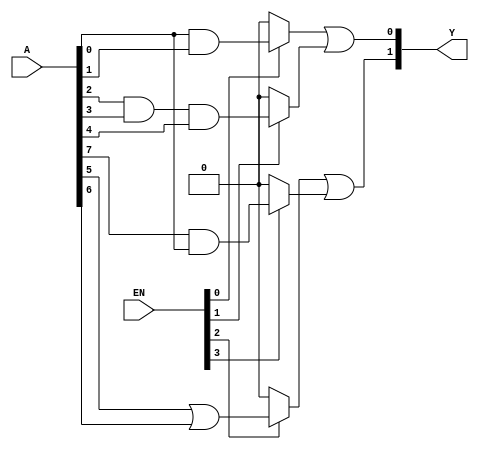
module jewel_pal (
    input wire [N-1:0] A,     // N inputs (e.g., A[N-1:0] for N inputs)
    input wire [M-1:0] EN,    // Enable lines for programming (optional)
    output wire [P-1:0] Y      // P outputs
);

// Parameters for configurability
parameter N = 8; // Number of input lines (e.g., A0, A1, ..., A7)
parameter M = 4; // Number of AND gates
parameter P = 2; // Number of outputs

// Programmable AND gates outputs
wire [M-1:0] and_out;

// Programmable AND Array
assign and_out[0] = (EN[0]) ? (A[0] & A[1]) : 1'b0; // Example connection
assign and_out[1] = (EN[1]) ? (A[2] & A[3] & A[4]) : 1'b0; // Example connection
assign and_out[2] = (EN[2]) ? (A[5] | A[6]) : 1'b0; // Example connection
assign and_out[3] = (EN[3]) ? (A[7] & A[0]) : 1'b0; // Example connection

// Fixed OR Array for outputs
assign Y[0] = and_out[0] | and_out[1]; // Output Y1
assign Y[1] = and_out[2] | and_out[3]; // Output Y2

endmodule